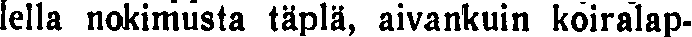
lella nokimusta täplä, aivankuin koiralap-